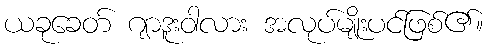
ယခုခေတ် ဂျာဒူးဝါလား အလုပ်မျိုးပင်ဖြစ်၏။